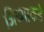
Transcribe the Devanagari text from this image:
जिच्याकडे